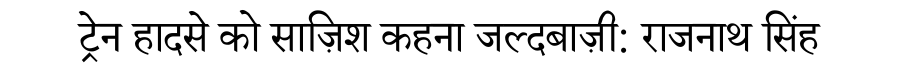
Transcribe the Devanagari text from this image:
ट्रेन हादसे को साज़िश कहना जल्दबाज़ी: राजनाथ सिंह